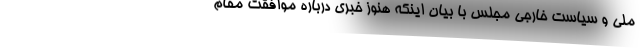
ملی و سیاست خارجی مجلس با بیان اینکه هنوز خبری درباره موافقت مقام